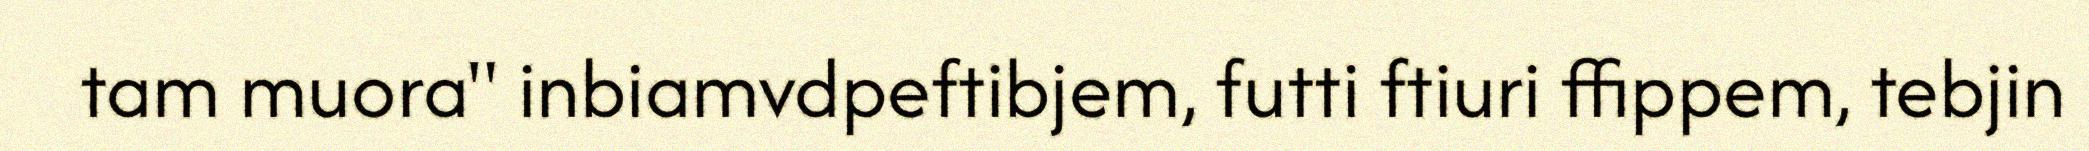
tam muora" inbiamvdpeftibjem, futti ftiuri ffippem, tebjin